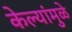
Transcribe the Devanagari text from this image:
केल्यांमुळे